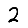
Digit: 2